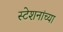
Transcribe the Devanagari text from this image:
स्टेशनांच्या